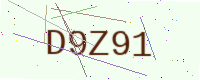
Text: D9Z91